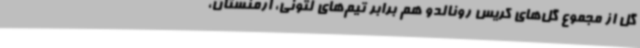
گل از مجموع گل‌های کریس رونالدو هم برابر تیم‌های لتونی، ارمنستان،